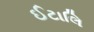
ઈટાલિ